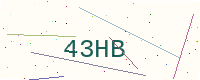
Text: 43HB